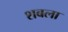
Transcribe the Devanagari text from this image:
शबला